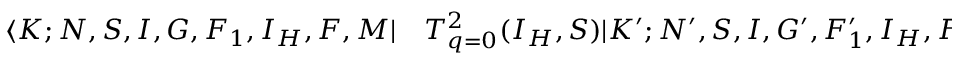
\begin{array} { r l } { \langle K ; N , S , I , G , F _ { 1 } , I _ { H } , F , M | } & { { } T _ { q = 0 } ^ { 2 } ( I _ { H } , S ) | K ^ { \prime } ; N ^ { \prime } , S , I , G ^ { \prime } , F _ { 1 } ^ { \prime } , I _ { H } , F ^ { \prime } , M ^ { \prime } \rangle } \end{array}